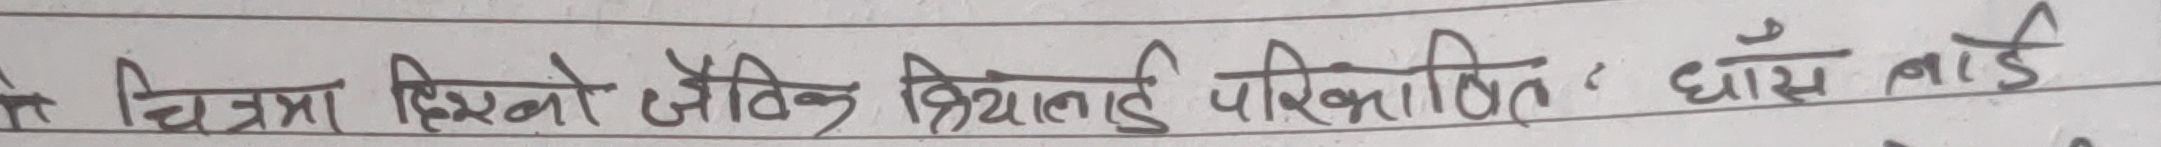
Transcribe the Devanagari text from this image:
यो चित्रमा दिसिबो जैविक क्रियालाई परिकर्णित घाँस लाई